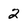
Character: 2